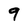
Character: 9